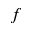
f